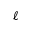
\ell